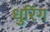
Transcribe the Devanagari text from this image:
धुरिंग